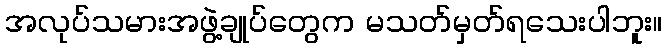
အလုပ်သမားအဖွဲ့ချုပ်တွေက မသတ်မှတ်ရသေးပါဘူး။